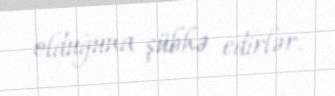
olduğuna şübhə edirlər.